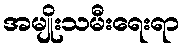
အမျိုးသမီးရေးရာ